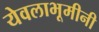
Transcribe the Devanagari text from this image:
येवलाभूमीनी